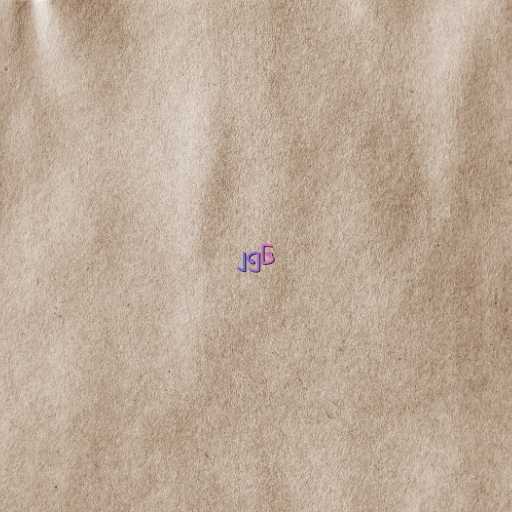
၂၅၆